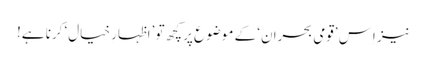
نیز اِس ’قومی بحران‘ کے موضوع پر کچھ تو ’اظہارِ خیال‘ کرنا ہے!